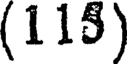
(115)